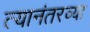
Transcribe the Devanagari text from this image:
त्यानंतरव्या